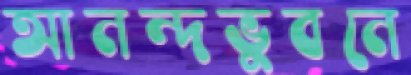
আনন্দভুবনে